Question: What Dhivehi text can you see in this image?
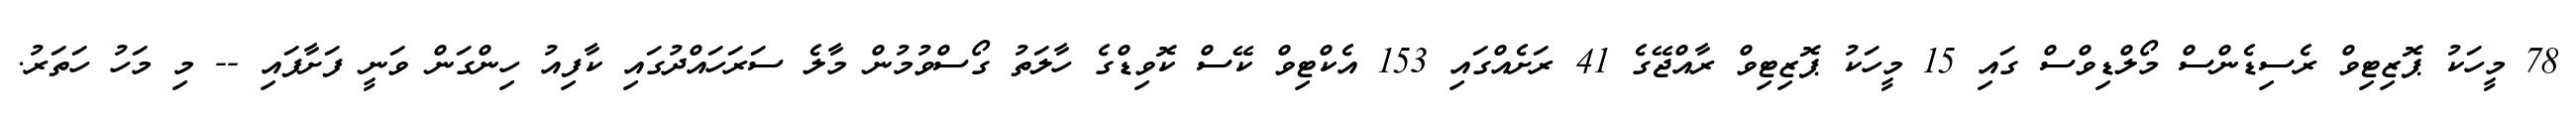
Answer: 78 މީހަކު ޕޮޒިޓިވް ރެސިޑެންސް މޯލްޑިވްސް ގައި 15 މީހަކު ޕޮޒިޓިވް ރާއްޖޭގެ 41 ރަށެއްގައި 153 އެކްޓިވް ކޭސް ކޮވިޑްގެ ހާލަތު ގޯސްވުމުން މާލެ ސަރަހައްދުގައި ކާފިއު ހިންގަން ވަނީ ފަށާފައި -- މި މަހު ހަތަރު.